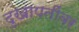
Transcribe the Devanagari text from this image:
दुखापतींवर